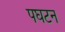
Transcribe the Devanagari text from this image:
पघटन